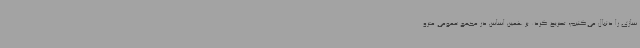
سازی را دنبال می‌کنیم، تصریح کرد: بر همین اساس در مجمع عمومی مترو